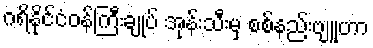
ဂရိနိုင်ငံဝန်ကြီးချုပ် အုန်းသီးမှ စစ်နည်းဗျူဟာ